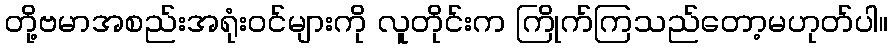
တို့ဗမာအစည်းအရုံးဝင်များကို လူတိုင်းက ကြိုက်ကြသည်တော့မဟုတ်ပါ။